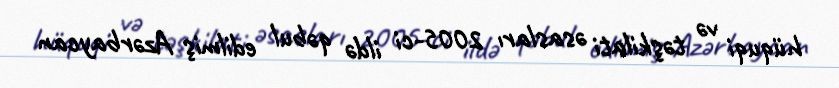
hüquqi və təşkilati əsasları 2005-ci ildə qəbul edilmiş Azərbaycan